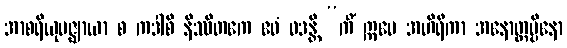
အာစရိယုပဇ္ဈာယာ စ ကဒါစိ နိဿိတကေ ဧဝံ ဝဒန္တိ “ကိံ ဣမေ အဟိရီကာ အနောတ္တပ္ပိနော